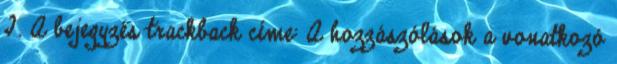
I. A bejegyzés trackback címe: A hozzászólások a vonatkozó